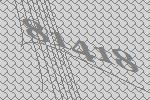
81418